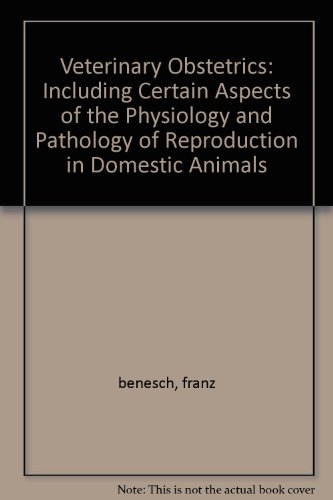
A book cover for Veterinary Obstetrics: Including Certain Aspects of the Physiology and Pathology of Reproduction in Domestic Animals; franz benesch; Medical Books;